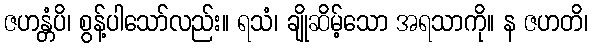
ဇဟန္တံပိ၊ စွန့်ပါသော်လည်း။ ရသံ၊ ချိုဆိမ့်သော အရသာကို။ န ဇဟတိ၊